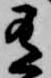
有